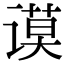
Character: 谟